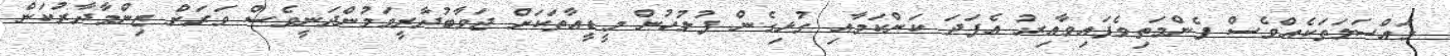
މައްސަލަތަކެއްވެސް ފެންމަތިވެފައިވާއިރު އެފަދަ ކަންކަމާއި ގުޅިގެން ފުލުހުން މީޑީއާތަކަށް ޖަވާބުދާރީވަމުންދަނީވެސް ވަރަށް ޒިންމާދާރުކަން